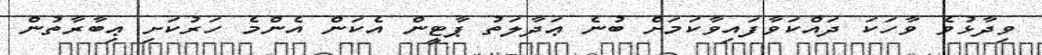
ވިދާޅުވެ ވާހަކަ ދައްކަވާފައިވާކަމަށް ބުނެ ޢަދާލަތު ޕާޓީން އެކަން އެންމެ ހަރުކަށި ޢިބާރާތުން